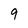
Character: 9